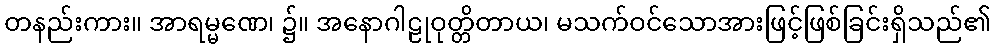
တနည်းကား။ အာရမ္မဏေ၊ ၌။ အနောဂါဠုဝုတ္တိတာယ၊ မသက်ဝင်သောအားဖြင့်ဖြစ်ခြင်းရှိသည်၏